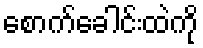
စောက်ခေါင်းထဲကို